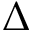
\Delta